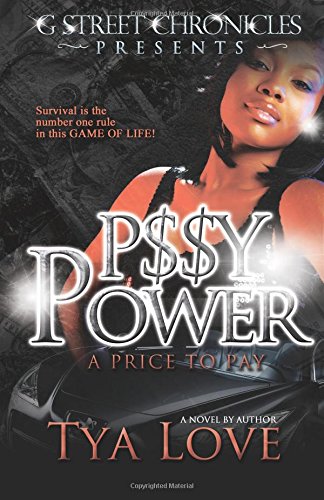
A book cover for P$$Y Power: A Price to Pay (G Street Chronicles Presents) (Volume 1); Tya Love; Romance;